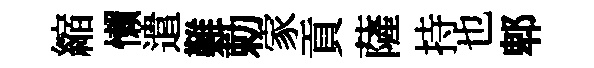
縮懒遣難勅家貢薩持也郫